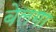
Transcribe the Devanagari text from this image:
बेलगा